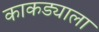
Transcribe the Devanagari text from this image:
काकड्याला